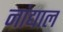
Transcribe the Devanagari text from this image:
नांद्याल